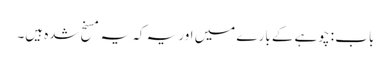
باب : چوہے کے بارے میں اور یہ کہ یہ مسخ شدہ ہیں۔